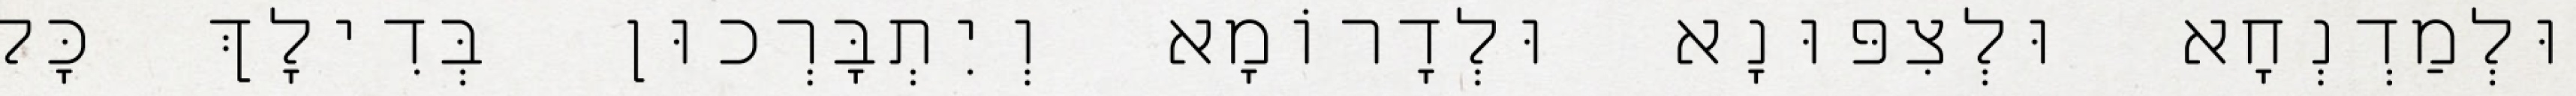
וּלְמַדְנְחָא וּלְצִפּוּנָא וּלְדָרוֹמָא וְיִתְבָּרְכוּן בְּדִילָךְ כָּל